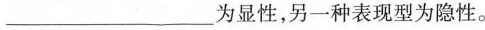
___为显性，另一种表现型为隐性。